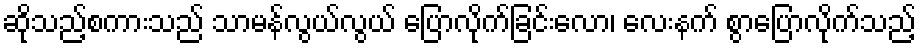
ဆိုသည့်စကားသည် သာမန်လွယ်လွယ် ပြောလိုက်ခြင်းလော၊ လေးနက် စွာပြောလိုက်သည့်